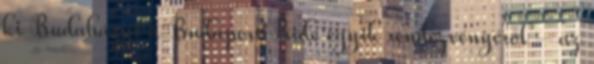
ki Budaházyt a Budapest Pride egyik rendezvényéről – az